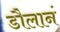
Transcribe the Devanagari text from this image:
डौलानं